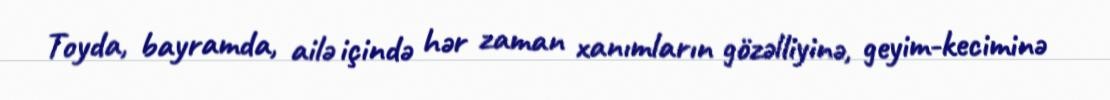
Toyda, bayramda, ailə içində hər zaman xanımların gözəlliyinə, geyim-keciminə